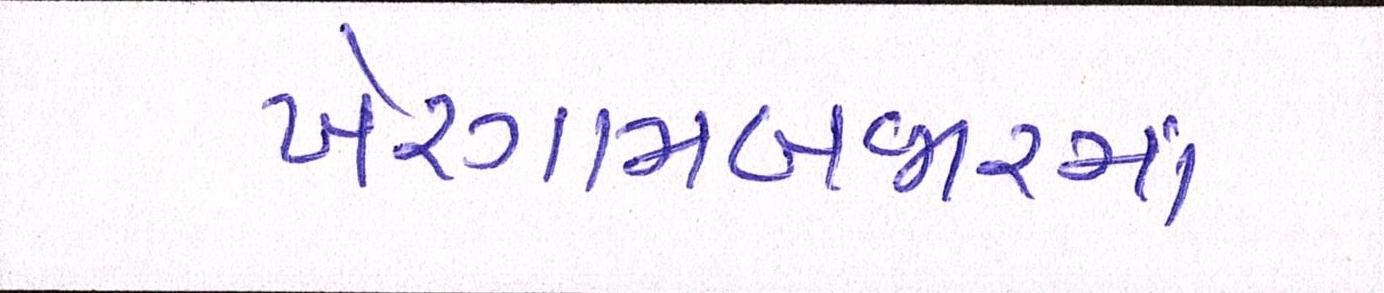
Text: ખેરગામબજારમાં